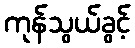
ကုန်သွယ်ခွင့်